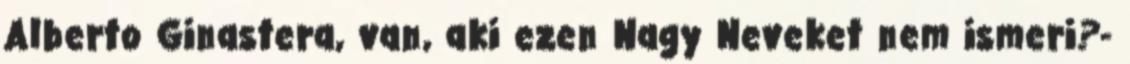
Alberto Ginastera, van, aki ezen Nagy Neveket nem ismeri?-